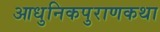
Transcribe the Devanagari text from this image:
आधुनिकपुराणकथा